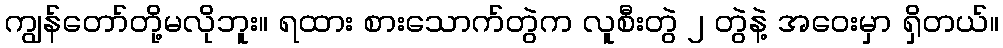
ကျွန်တော်တို့မလိုဘူး။ ရထား စားသောက်တွဲက လူစီးတွဲ ၂ တွဲနဲ့ အဝေးမှာ ရှိတယ်။